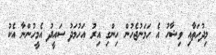
މިދުހަތާއި ވިޝާހު އެ ހަމަނުޖެހުން ހިންގި އިރު އަހުމަދު ސައީދު އެމީހުންނާ އެކު